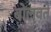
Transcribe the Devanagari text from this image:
बोलवते